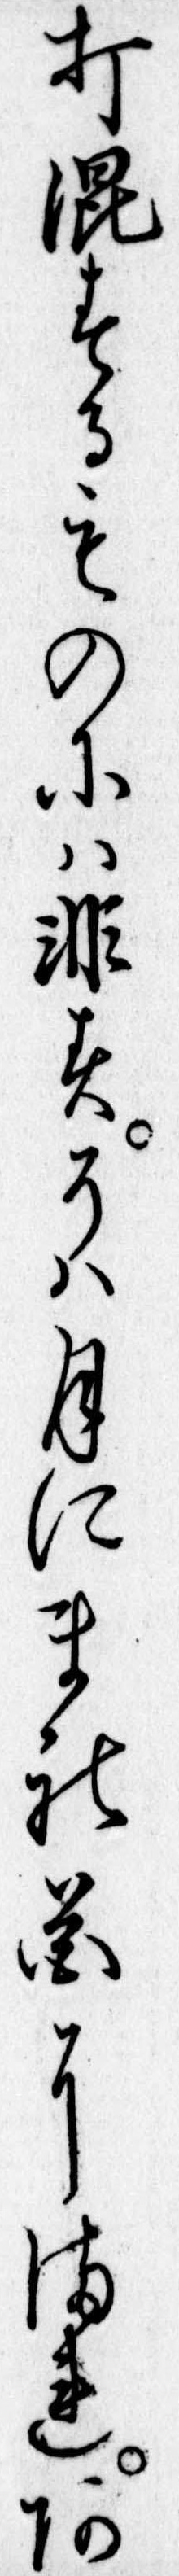
打混するものには非すそは月にまれ花にまれあ